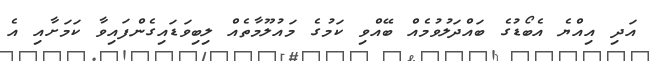
އަދި އިއްޔެ އެބޯޑުގެ ބައްދަލުވުމެއް ބޭއްވި ކަމުގެ މައުލޫމާތެއް ލިބިވަޑައިގެންފައިވާ ކަމަށާއި އެ